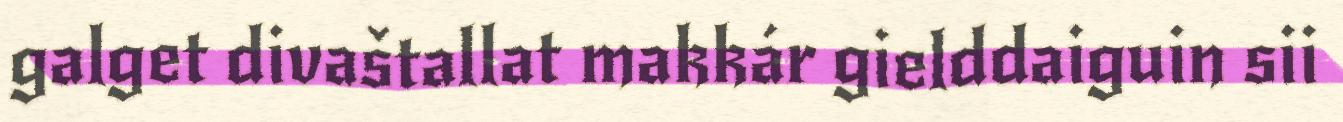
galget divaštallat makkár gielddaiguin sii